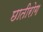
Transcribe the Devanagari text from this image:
छातीरोग